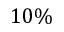
1 0 \%